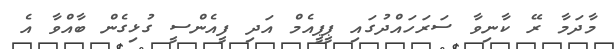
މާދަމާ ރޭ ކާނިވާ ސަރަހައްދުގައި ޕީޕީއެމް އަދި ފީއެންސީ ގުޅިގެން ބާއްވާ އެ